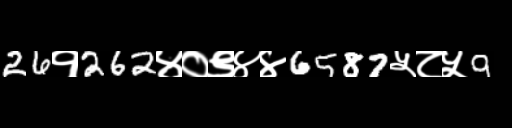
Text: 26१262४०९४४6587५८५9